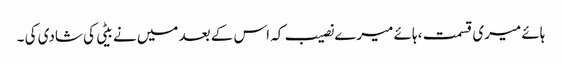
ہائے میری قسمت ، ہائے میرے نصیب کہ اس کے بعد میں نے بیٹی کی شادی کی ۔